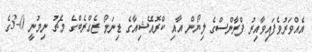
އެއްވަރުވެފައިވާއިރު ފްރާންސްގެ ލިޔޯން އާއި ކްރޮއޭޝިއާގެ ޑިނަމޯ ޒެގްރެބްގެ މެޗު ނިމުނީ 0-3ގެ